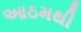
આઠમથી